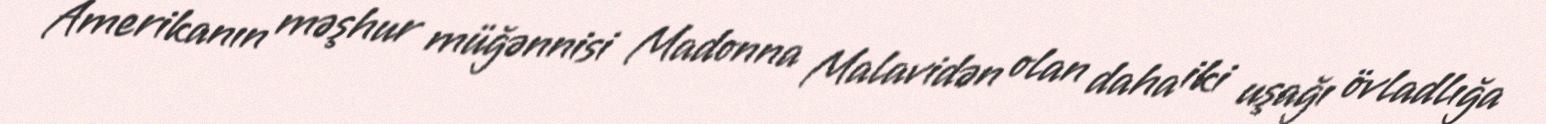
Amerikanın məşhur müğənnisi Madonna Malavidən olan daha iki uşağı övladlığa